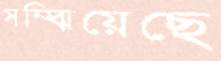
সম্‌ঝিয়েছে